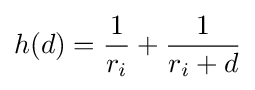
h(d)={\frac {1}{r_{i}}}+{\frac {1}{r_{i}+d}}